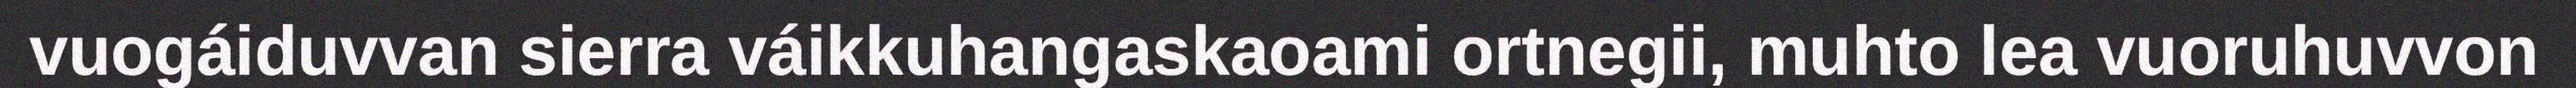
vuogáiduvvan sierra váikkuhangaskaoami ortnegii, muhto lea vuoruhuvvon